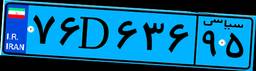
۶۳D۴۸۴۱۲